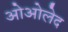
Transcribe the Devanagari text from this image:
ओओलेद